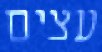
עצים